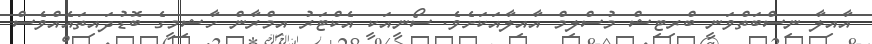
އާއިލާ ނިސްބަތްވަނީ ބްރިޓިޝް މުސްލިމް އާއިލާއަކަށެވެ. ސޯނީއަކީ އެކްޓަރު އިމްރާން ހާޝިމީގެ ބޮޑުދައިތައެއްވެސް